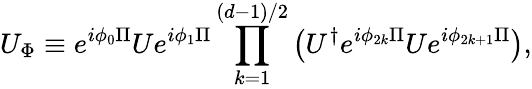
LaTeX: U_{\Phi}\equiv e^{i\phi_{0}\Pi}Ue^{i\phi_{1}\Pi}\prod_{k=1}^{(d-1)/2}\left(U^{\dagger}e^{i\phi_{2k}\Pi}Ue^{i\phi_{2k+1}\Pi}\right),